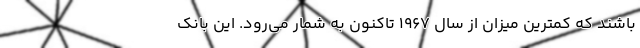
باشند که کمترین میزان از سال 1967 تاکنون به شمار می‌رود. این بانک